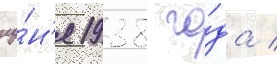
иу́н'я 1938 го́да /